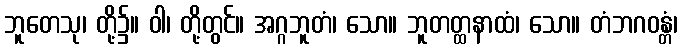
ဘူတေသု၊ တို့၌။ ဝါ၊ တို့တွင်။ အဂ္ဂဘူတံ၊ သော။ ဘူတတ္ထနာထံ၊ သော။ တံဘဂဝန္တံ၊